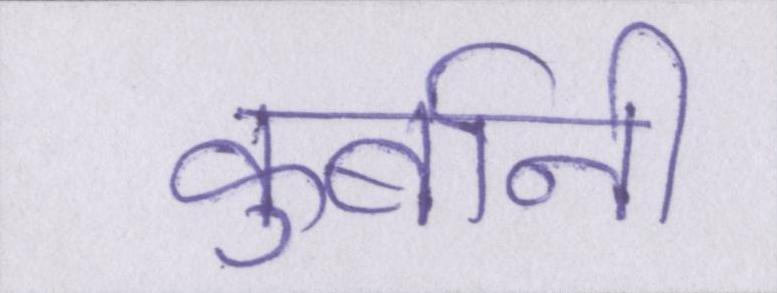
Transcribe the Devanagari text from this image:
कुर्बानी